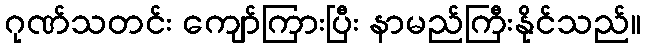
ဂုဏ်သတင်း ကျော်ကြားပြီး နာမည်ကြီးနိုင်သည်။